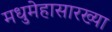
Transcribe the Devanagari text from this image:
मधुमेहासारख्या